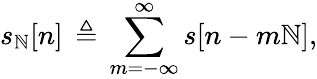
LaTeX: s_{\mathbb{N}}[n]\, \triangleq\, \sum_{m=-\infty}^{\infty}s[n-m\mathbb{N}],